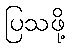
ပြသဖို့